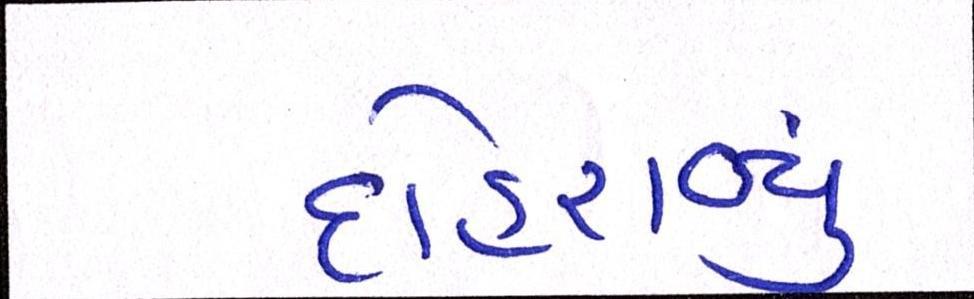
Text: દોહરાવ્યું